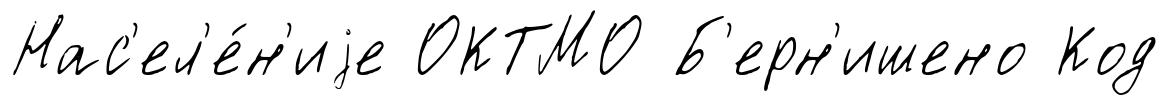
Нас'ел'е́н'иjе ОКТМО Б'ерн'ишено Код